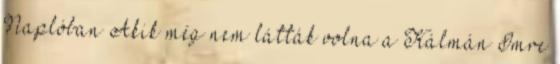
Naplóban Akik még nem látták volna a Kálmán Imre